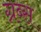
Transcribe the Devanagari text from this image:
ग्रब्स